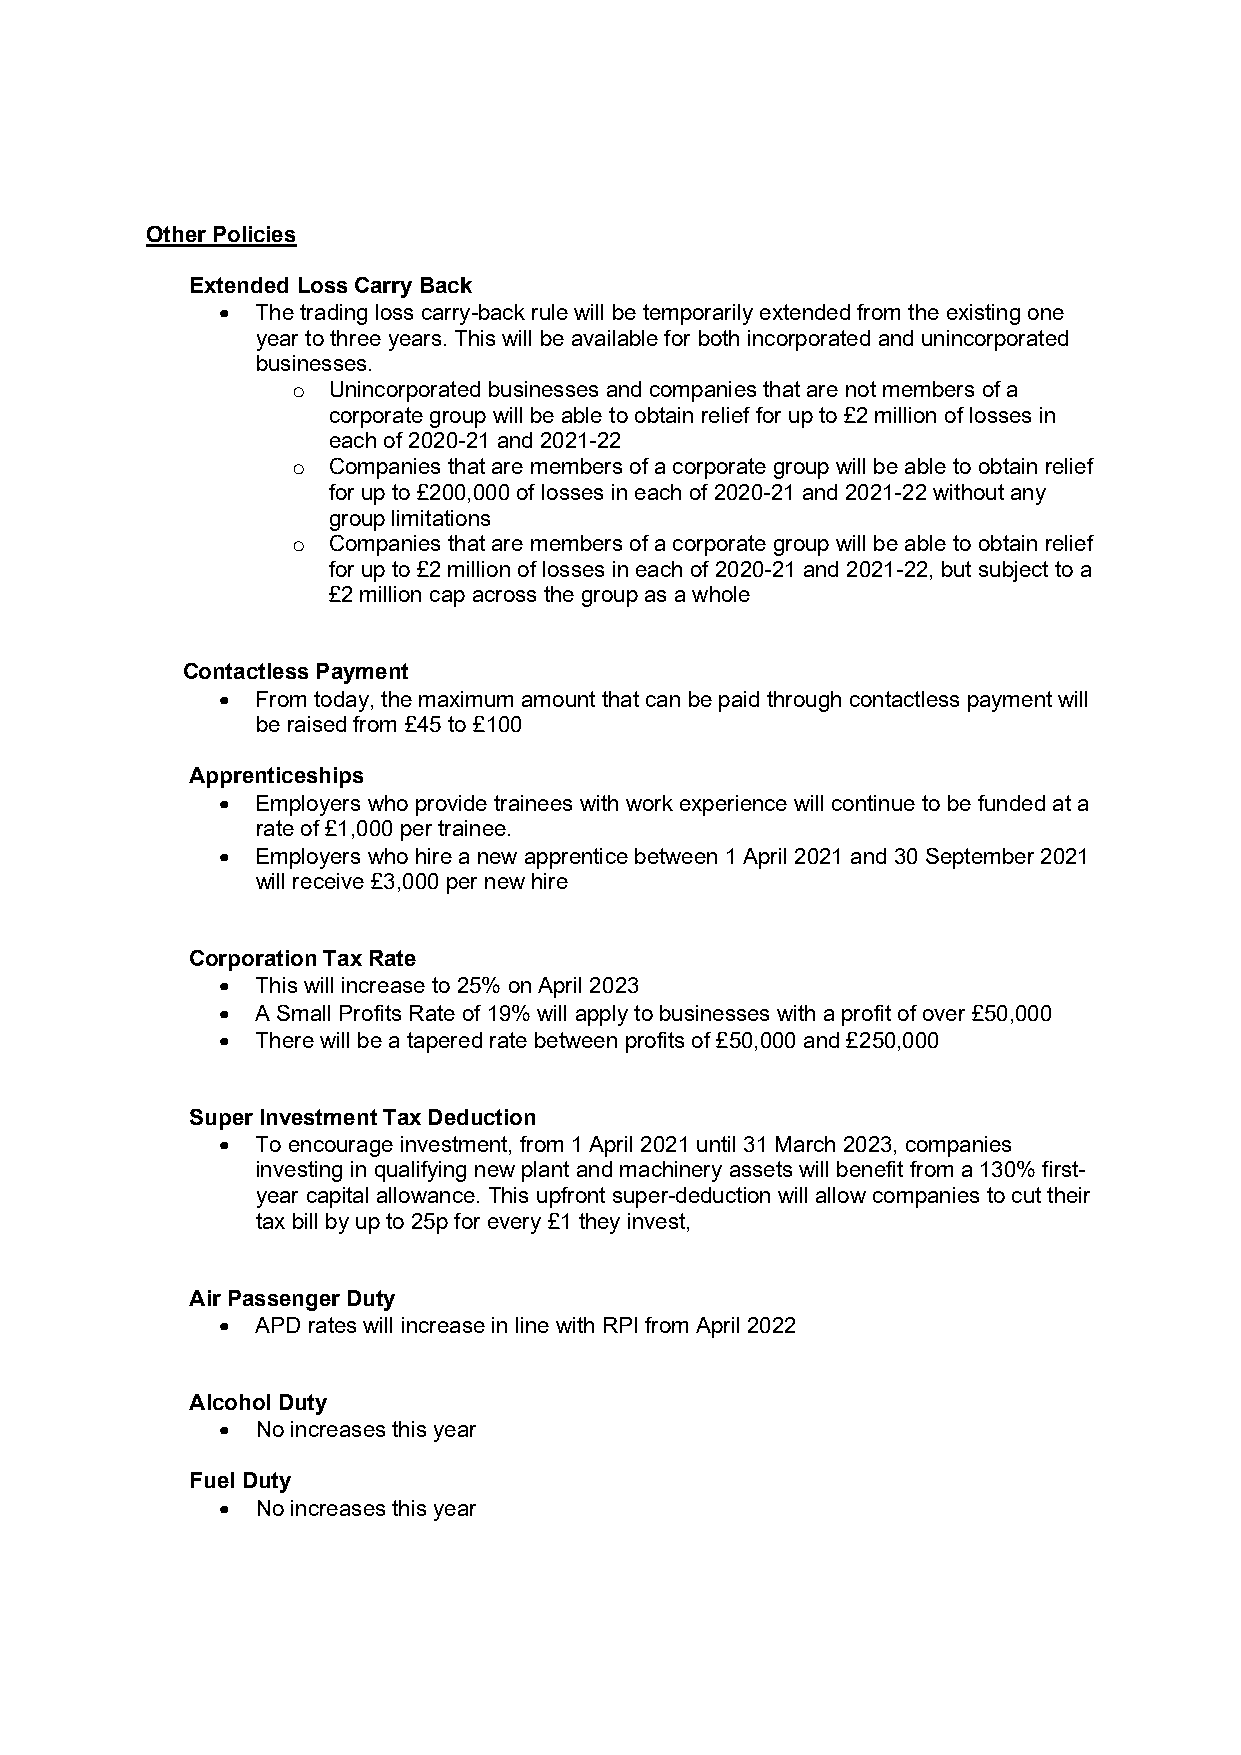
Other Policies
 Extended Loss Carry Back
   The trading loss carry-back rule will be temporarily extended from the existing one
 year to three years. This will be available for both incorporated and unincorporated
 businesses.
 o  Unincorporated businesses and companies that are not members of a
 corporate group will be able to obtain relief for up to £2 million of losses in
 each of 2020-21 and 2021-22
 o  Companies that are members of a corporate group will be able to obtain relief
 for up to £200,000 of losses in each of 2020-21 and 2021-22 without any
 group limitations
 o  Companies that are members of a corporate group will be able to obtain relief
 for up to £2 million of losses in each of 2020-21 and 2021-22, but subject to a
 £2 million cap across the group as a whole
 Contactless Payment
   From today, the maximum amount that can be paid through contactless payment will
 be raised from £45 to £100
 Apprenticeships
   Employers who provide trainees with work experience will continue to be funded at a
 rate of £1,000 per trainee.
   Employers who hire a new apprentice between 1 April 2021 and 30 September 2021
 will receive £3,000 per new hire
 Corporation Tax Rate
   This will increase to 25% on April 2023
   A Small Profits Rate of 19% will apply to businesses with a profit of over £50,000
   There will be a tapered rate between profits of £50,000 and £250,000
 Super Investment Tax Deduction
   To encourage investment, from 1 April 2021 until 31 March 2023, companies
 investing in qualifying new plant and machinery assets will benefit from a 130% first-
 year capital allowance. This upfront super-deduction will allow companies to cut their
 tax bill by up to 25p for every £1 they invest,
 Air Passenger Duty
   APD rates will increase in line with RPI from April 2022
 Alcohol Duty
   No increases this year
 Fuel Duty
   No increases this year